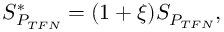
S _ { P _ { T F N } } ^ { \mathrm { * } } = ( 1 + \xi ) S _ { P _ { T F N } } ,